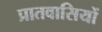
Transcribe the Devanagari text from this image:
प्रातवासियों